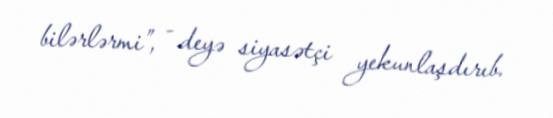
bilərlərmi”, - deyə siyasətçi yekunlaşdırıb.